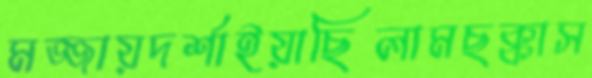
মজ্জায়দর্শাইয়াছিলামছক্কাস